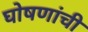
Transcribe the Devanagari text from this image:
घोषणांची